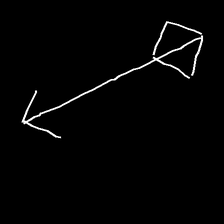
Glyph: focus